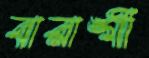
বারাঙ্গী